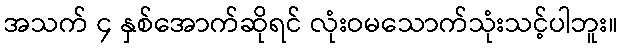
အသက် ၄ နှစ်အောက်ဆိုရင် လုံးဝမသောက်သုံးသင့်ပါဘူး။